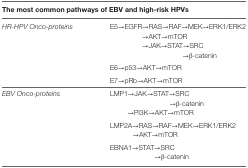
<table><thead><tr><td colspan="2"><b>The most common pathways of EBV and high-risk HPVs</b></td></tr></thead><tbody><tr><td><i>HR-HPV Onco-proteins</i></td><td>E5→EGFR→RAS→RAF→MEK→ERK1/ERK2</td></tr><tr><td></td><td>→AKT→mTOR</td></tr><tr><td></td><td>→JAK→STAT→SRC</td></tr><tr><td></td><td>→β-catenin</td></tr><tr><td></td><td>E6→p53→AKT→mTOR</td></tr><tr><td></td><td>E7→pRb→AKT→mTOR</td></tr><tr><td><i>EBV Onco-proteins</i></td><td>LMP1→JAK→STAT→SRC</td></tr><tr><td></td><td>→β-catenin</td></tr><tr><td></td><td>→PI3K→AKT→mTOR</td></tr><tr><td></td><td>LMP2A→RAS→RAF→MEK→ERK1/ERK2</td></tr><tr><td></td><td>→AKT→mTOR</td></tr><tr><td></td><td>EBNA1→STAT→SRC</td></tr><tr><td></td><td>→β-catenin</td></tr></tbody></table>